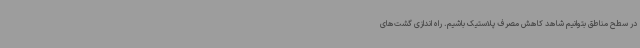
در سطح مناطق بتوانیم شاهد کاهش مصرف پلاستیک باشیم. راه اندازی گشت‌های